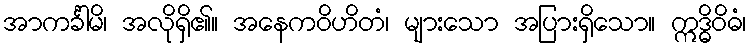
အာကင်္ခါမိ၊ အလိုရှိ၏။ အနေကဝိဟိတံ၊ များသော အပြားရှိသော။ ဣဒ္ဓိဝိဓံ၊